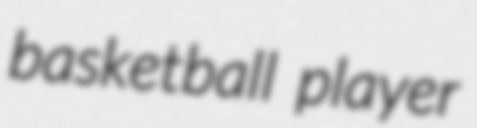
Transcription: basketball player